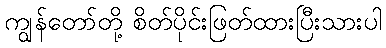
ကျွန်တော်တို့ စိတ်ပိုင်းဖြတ်ထားပြီးသားပါ